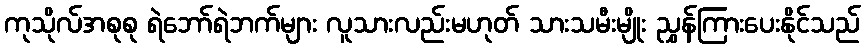
ကုသိုလ်အစုစု ရဲဘော်ရဲဘက်များ လူသားလည်းမဟုတ် သားသမီးမျိုး ညွှန်ကြားပေးနိုင်သည်